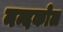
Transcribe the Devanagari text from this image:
नन्दकोल